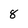
Character: 8